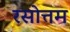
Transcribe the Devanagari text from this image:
रसोत्तम